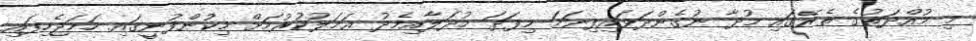
މި މުއްދަތުގެ ތެރޭގައި މުދާ ނުގެންދަވައިފިނަމަ މިފަދަ މުދަލާއިމެދު ޢަމަލުކުރުމަށް މިކުންފުނީގައި ހަމަޖެހިފައި